Insane asylums Bombay 1873-77 - 1873-1877
Year: 1873
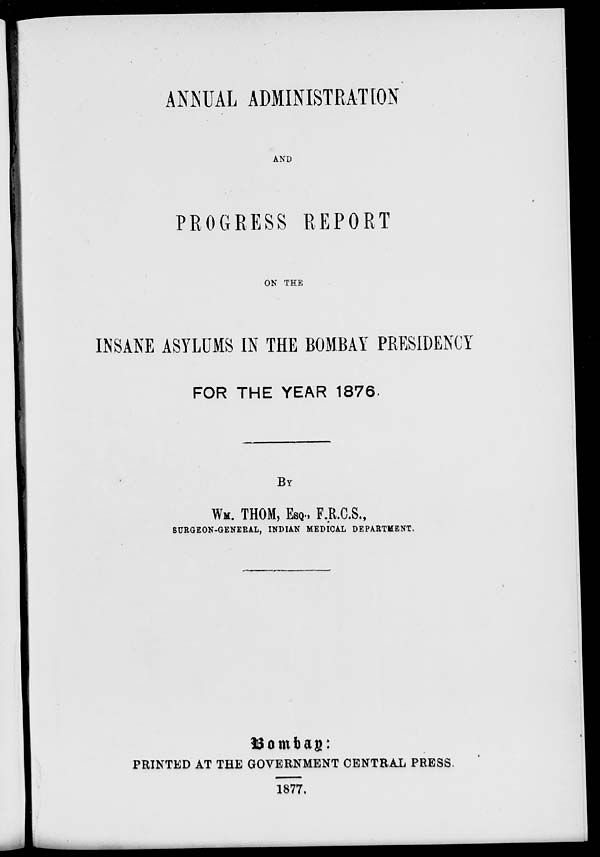
ANNUAL ADMINISTRATION
AND
PROGRESS REPORT
ON THE
INSANE ASYLUMS IN THE BOMBAY PRESIDENCY
FOR THE YEAR 1876
BY
WM. THOM, ESQ., F.R.C.S.,
SURGEON-GENERAL, INDIAN MEDICAL DEPARTMENT.
Bombay:
PRINTED AT THE GOVERNMENT CENTRAL PRESS.
1877.